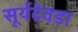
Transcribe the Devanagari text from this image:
सूर्यदेवड़ा